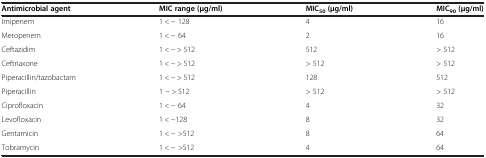
<table><thead><tr><td><b>Antimicrobial agent</b></td><td><b>MIC range (μg/ml)</b></td><td><b>MIC<sub>50</sub>(μg/ml)</b></td><td><b>MIC<sub>90</sub>(μg/ml)</b></td></tr></thead><tbody><tr><td>Imipenem</td><td>1 &lt; − 128</td><td>4</td><td>16</td></tr><tr><td>Meropenem</td><td>1 &lt; − 64</td><td>2</td><td>16</td></tr><tr><td>Ceftazidim</td><td>1 &lt; − &gt; 512</td><td>512</td><td>&gt; 512</td></tr><tr><td>Ceftriaxone</td><td>1 &lt; − &gt; 512</td><td>&gt; 512</td><td>&gt; 512</td></tr><tr><td>Piperacillin/tazobactam</td><td>1 &lt; − &gt; 512</td><td>128</td><td>512</td></tr><tr><td>Piperacillin</td><td>1 − &gt; 512</td><td>&gt; 512</td><td>&gt; 512</td></tr><tr><td>Ciprofloxacin</td><td>1 &lt; − 64</td><td>4</td><td>32</td></tr><tr><td>Levofloxacin</td><td>1 &lt; −128</td><td>8</td><td>32</td></tr><tr><td>Gentamicin</td><td>1 &lt; − &gt;512</td><td>8</td><td>64</td></tr><tr><td>Tobramycin</td><td>1 &lt; − &gt;512</td><td>4</td><td>64</td></tr></tbody></table>